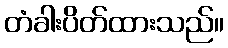
တံခါးပိတ်ထားသည်။